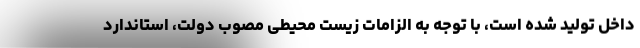
داخل تولید شده است، با توجه به الزامات زیست محیطی مصوب دولت، استاندارد